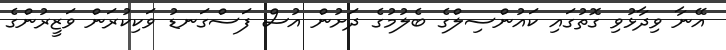
އޭނާ ވިދާޅުވި ގޮތުގައި ކައުންސިލްގެ ބެލުމުގެ ދަށުން އުސް ފަސްގަނޑު ވަކިކުރަން ވަޒީރުންގެ